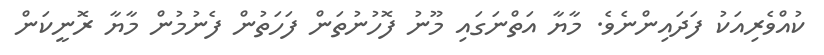
ކުއްވެރިއަކު ފަދައިންނެވެ. މާޔާ އަތްނަގައި މޫނު ފޮހުނުތަން ފަހަތުން ފެނުމުން މާޔާ ރޮނީކަން